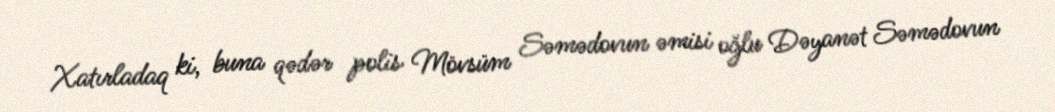
Xatırladaq ki, buna qədər polis Mövsüm Səmədovun əmisi oğlu Dəyanət Səmədovun